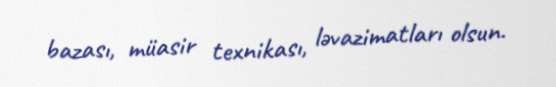
bazası, müasir texnikası, ləvazimatları olsun.